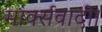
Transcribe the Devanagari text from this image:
मार्क्सवादी।